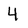
Character: 4